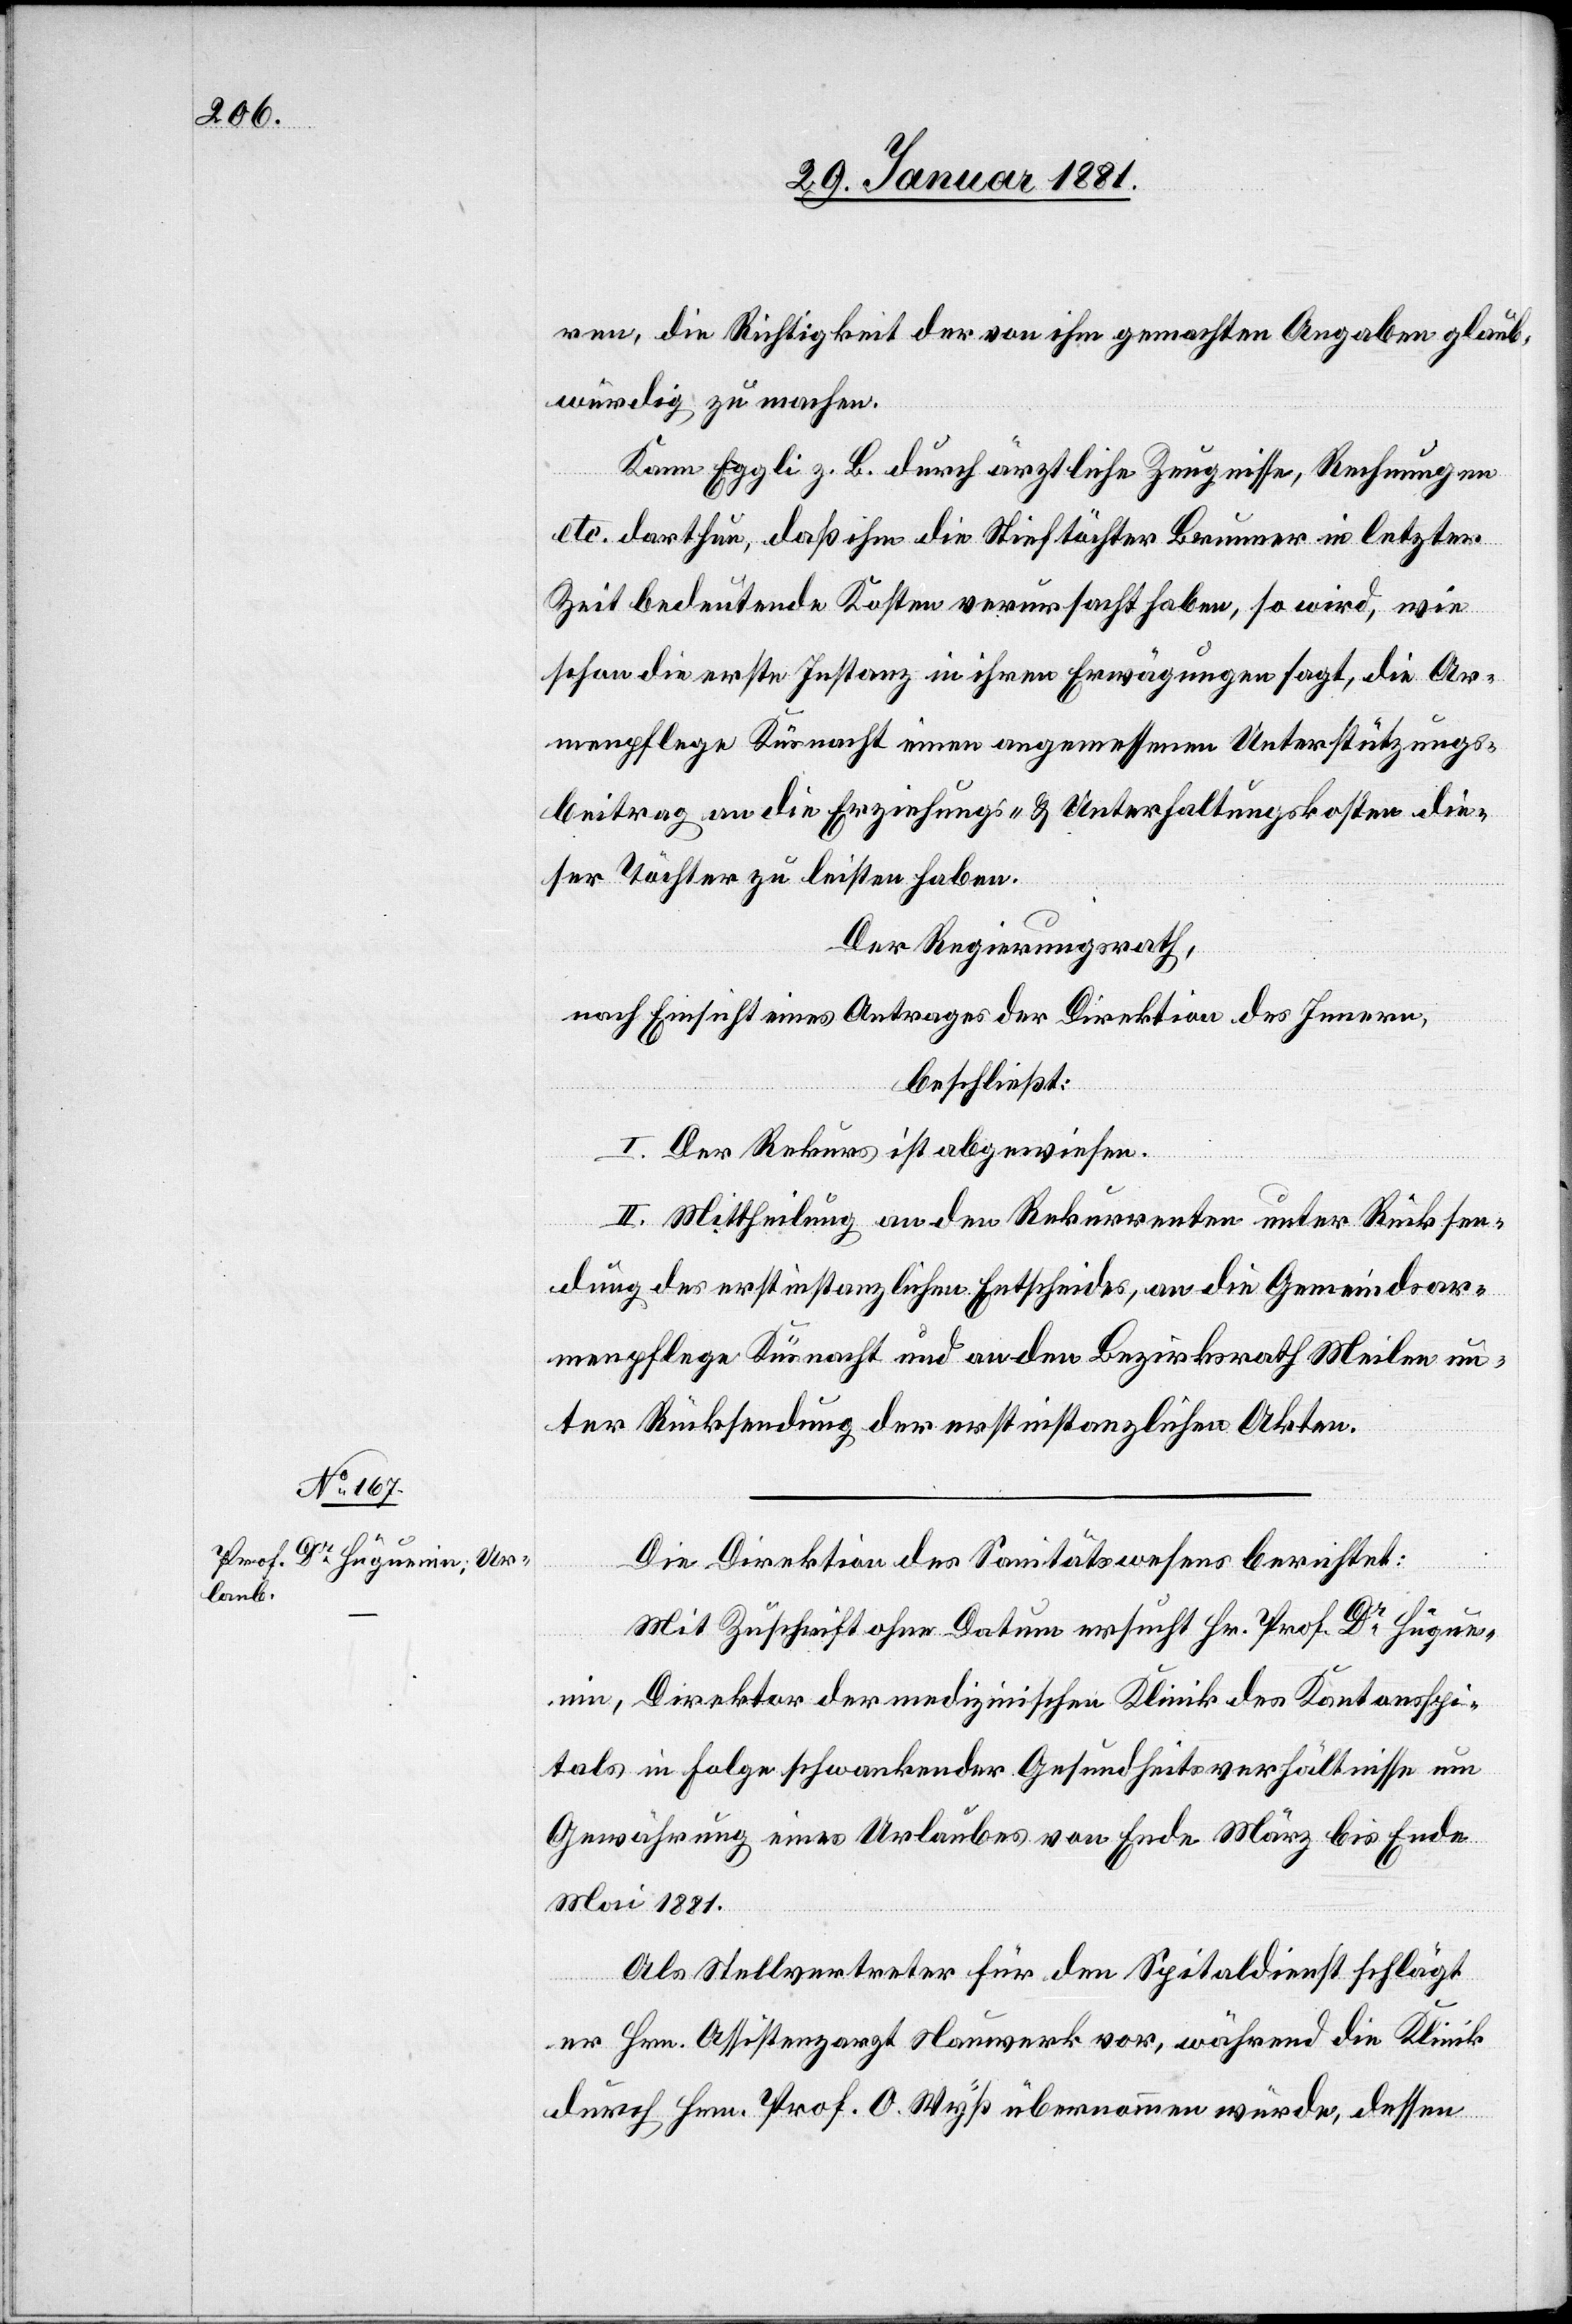
ren, die Richtigkeit der von ihm gemachten Angaben glaub¬
würdig zu machen.
Kann Eggli z. B. durch ärztliche Zeugnisse, Rechnungen
etc. darthun, daß ihm die Stieftöchter Brunner in letzter
Zeit bedeutende Kosten verursacht haben, so wird, wie
schon die erste Instanz in ihren Erwägungen sagt, die Ar¬
menpflege Küsnacht einen angemessenen Unterstützungs¬
beitrag an die Erziehungs- & Unterhaltungskosten die¬
ser Töchter zu leisten haben.
Der Regierungsrath,
nach Einsicht eines Antrages der Direktion des Innern,
beschließt:
I. Der Rekurs ist abgewiesen.
II. Mittheilung an den Rekurrenten unter Rücksen¬
dung des erstinstanzlichen Entscheides, an die Gemeindsar¬
menpflege Küsnacht und an den Bezirksrath Meilen un¬
ter Rücksendung der erstinstanzlichen Akten.
Die Direktion des Sanitätswesens berichtet:
Mit Zuschrift ohne Datum ersucht Hr. Prof. Dr Hügue¬
nin, Direktor der medizinischen Klinik des Kantonsspi¬
tals in Folge schwankender Gesundheitsverhältnisse um
Gewährung eines Urlaubes von Ende März bis Ende
Mai 1881.
Als Stellvertreter für den Spitaldienst schlägt
er Hrn. Assistenzarzt Nauwerk vor, während die Klinik
durch Hrn. Prof. O. Wyß übernommen würde, dessen